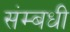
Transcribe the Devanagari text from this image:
संम्बधी